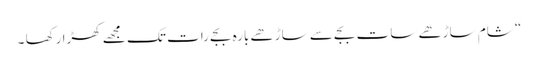
“ شام ساڑھے سات بجے سے ساڑھے بارہ بجے رات تک مجھے کھڑا رکھا ۔